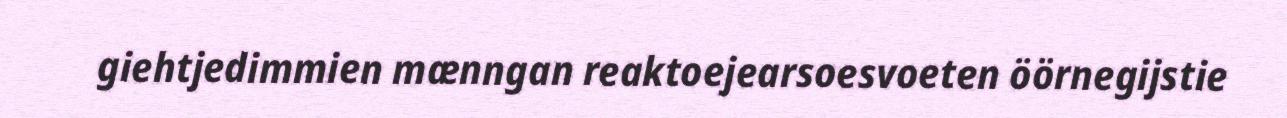
giehtjedimmien mænngan reaktoejearsoesvoeten öörnegijstie